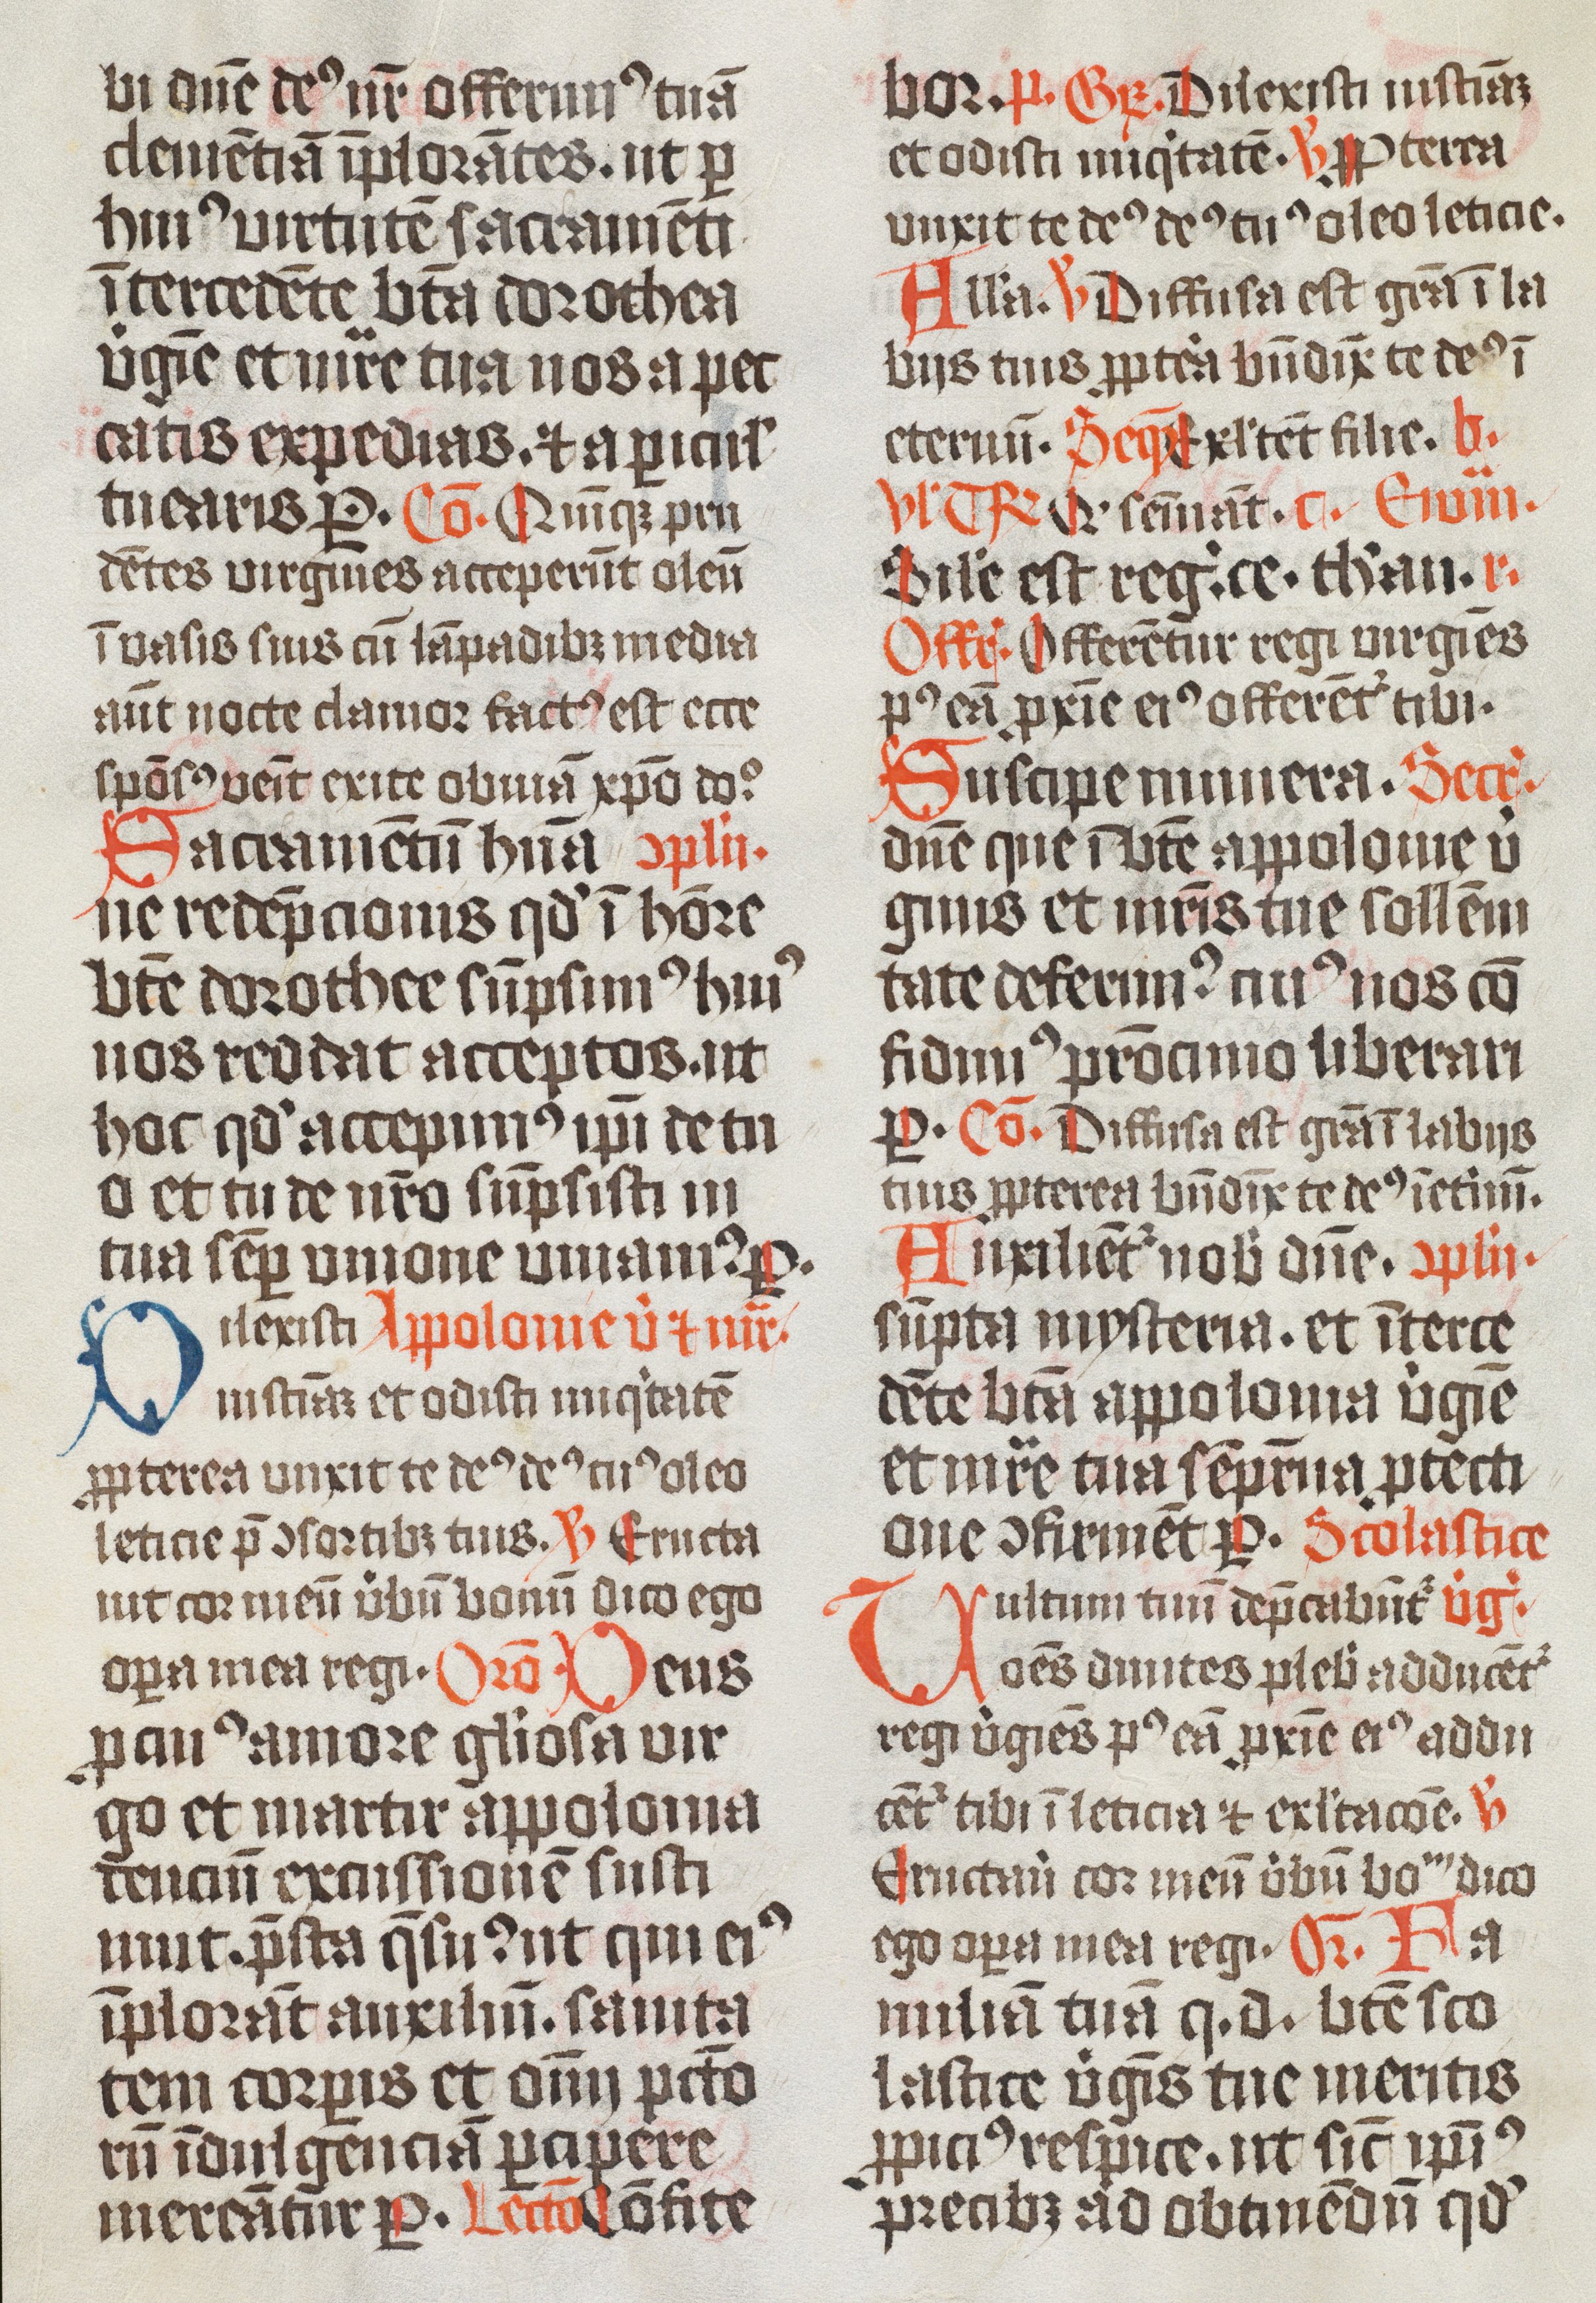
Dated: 1474–1476